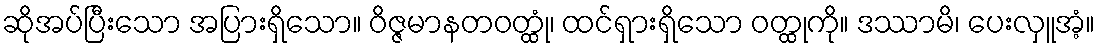
ဆိုအပ်ပြီးသော အပြားရှိသော။ ဝိဇ္ဇမာနတဝတ္ထုံ၊ ထင်ရှားရှိသော ဝတ္ထုကို။ ဒဿာမိ၊ ပေးလှူအံ့။